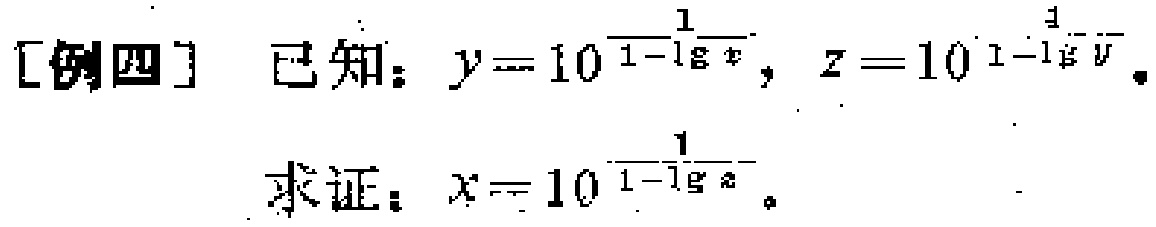
[例四] 已知：\(y = 10^{\frac{1}{1 - \lg x}}\)，\(z = 10^{\frac{1}{1 - \lg y}}\)。
求证：\(x = 10^{\frac{1}{1 - \lg z}}\)。